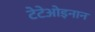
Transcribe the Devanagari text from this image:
टेटेओइनान